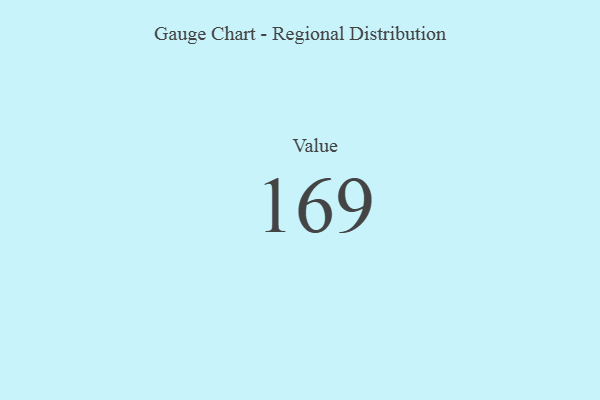
{"axis": {"x": "Metric", "y": "Value"}, "legend": [""], "data": [{"x": "Value", "y": 169, "type": ""}]}